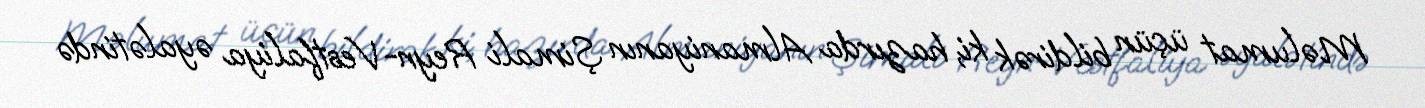
Məlumat üçün bildirək ki, hazırda Almaniyanın Şimali Reyn-Vestfaliya əyalətində